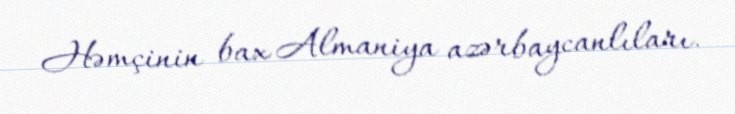
Həmçinin bax Almaniya azərbaycanlıları.